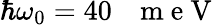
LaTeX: \hbar\omega_{0}=40\mathrm{~~~}\mathrm{~m~e~V~}